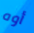
أوه